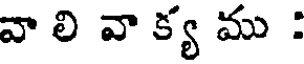
వా లి వా క్య ము :